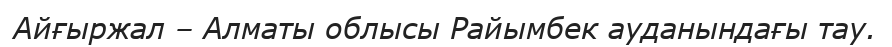
Айғыржал – Алматы облысы Райымбек ауданындағы тау.